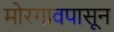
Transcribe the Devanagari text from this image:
मोरगावपासून